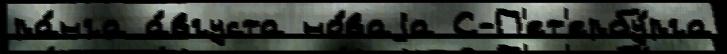
ра́нга а́вгуста но́ваjа С-П'ет'ербу́рга